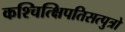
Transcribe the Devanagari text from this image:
कश्चित्क्षिपतिसत्पुत्रो